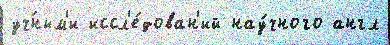
уч́ным'и иссл'е́дован'ий нау́чного англ